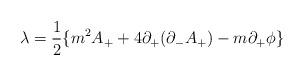
LaTeX: \begin{align*}{\lambda}=\frac{1}{2}\{ m^2A_++4{\partial}_+({\partial}_-A_+)-m{\partial}_+{\phi} \} \end{align*}